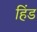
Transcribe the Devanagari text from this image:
हिंड